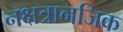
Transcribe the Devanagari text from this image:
नक्षत्रानजिक